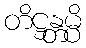
တိဋ္ဌန္တမ္ပိ